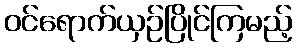
ဝင်ရောက်ယှဉ်ပြိုင်ကြမည့်